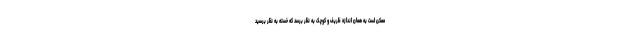
ممکن است به همان اندازه ظریف و کوچک به نظر برسد که خسته به نظر برسید